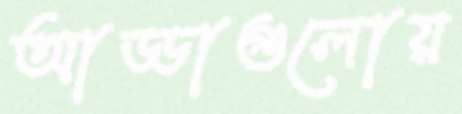
আড্ডাগুলোয়